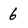
Character: 6